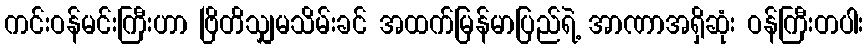
ကင်းဝန်မင်းကြီးဟာ ဗြိတိသျှမသိမ်းခင် အထက်မြန်မာပြည်ရဲ့ အာဏာအရှိဆုံး ဝန်ကြီးတပါး